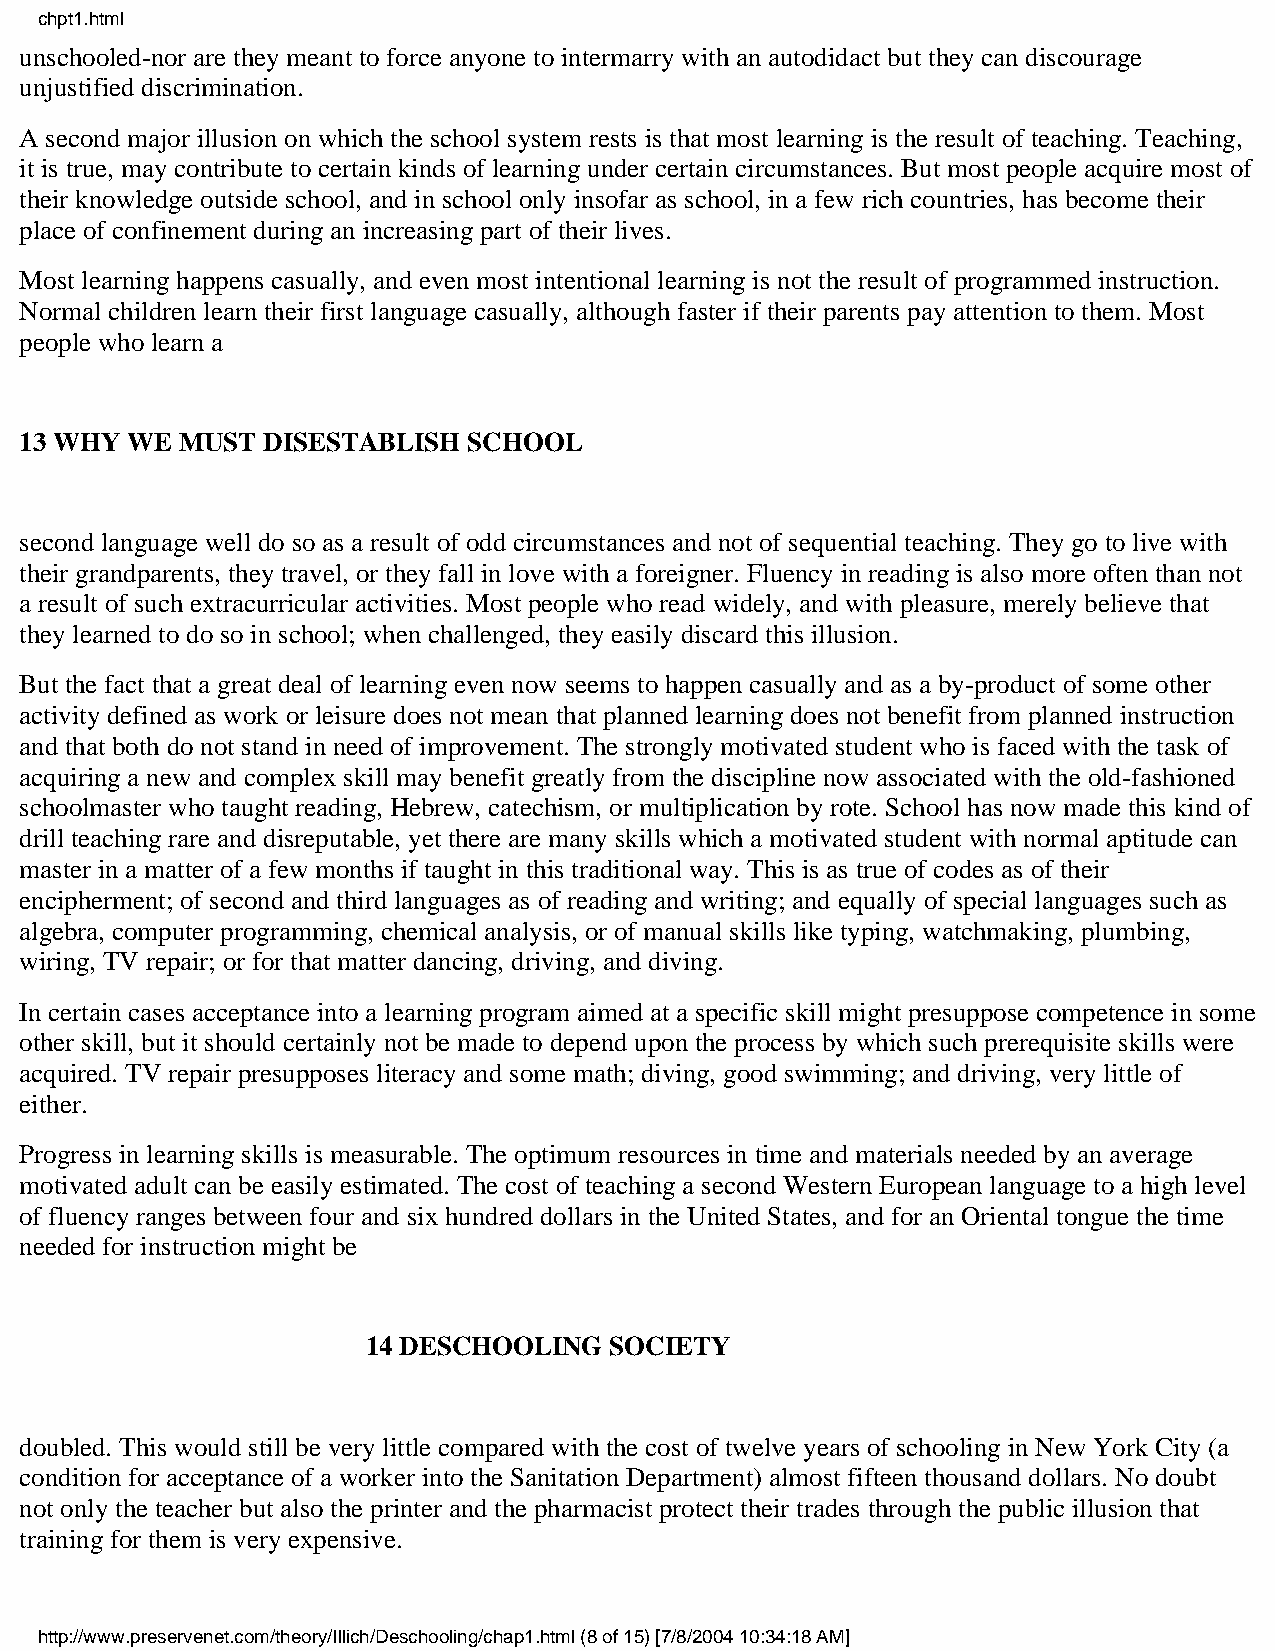
chpt1.html
 unschooled-nor are they meant to force anyone to intermarry with an autodidact but they can discourage
 unjustified discrimination.
 A second major illusion on which the school system rests is that most learning is the result of teaching. Teaching,
 it is true, may contribute to certain kinds of learning under certain circumstances. But most people acquire most of
 their knowledge outside school, and in school only insofar as school, in a few rich countries, has become their
 place of confinement during an increasing part of their lives.
 Most learning happens casually, and even most intentional learning is not the result of programmed instruction.
 Normal children learn their first language casually, although faster if their parents pay attention to them. Most
 people who learn a
 13 WHY WE  MUST DISESTABLISH  SCHOOL
 second language well do so as a result of odd circumstances and not of sequential teaching. They go to live with
 their grandparents, they travel, or they fall in love with a foreigner. Fluency in reading is also more often than not
 a result of such extracurricular activities. Most people who read widely, and with pleasure, merely believe that
 they learned to do so in school; when challenged, they easily discard this illusion.
 But the fact that a great deal of learning even now seems to happen casually and as a by-product of some other
 activity defined as work or leisure does not mean that planned learning does not benefit from planned instruction
 and that both do not stand in need of improvement. The strongly motivated student who is faced with the task of
 acquiring a new and complex skill may benefit greatly from the discipline now associated with the old-fashioned
 schoolmaster who taught reading, Hebrew, catechism, or multiplication by rote. School has now made this kind of
 drill teaching rare and disreputable, yet there are many skills which a motivated student with normal aptitude can
 master in a matter of a few months if taught in this traditional way. This is as true of codes as of their
 encipherment; of second and third languages as of reading and writing; and equally of special languages such as
 algebra, computer programming, chemical analysis, or of manual skills like typing, watchmaking, plumbing,
 wiring, TV repair; or for that matter dancing, driving, and diving.
 In certain cases acceptance into a learning program aimed at a specific skill might presuppose competence in some
 other skill, but it should certainly not be made to depend upon the process by which such prerequisite skills were
 acquired. TV repair presupposes literacy and some math; diving, good swimming; and driving, very little of
 either.
 Progress in learning skills is measurable. The optimum resources in time and materials needed by an average
 motivated adult can be easily estimated. The cost of teaching a second Western European language to a high level
 of fluency ranges between four and six hundred dollars in the United States, and for an Oriental tongue the time
 needed for instruction might be
 14 DESCHOOLING  SOCIETY
 doubled. This would still be very little compared with the cost of twelve years of schooling in New York City (a
 condition for acceptance of a worker into the Sanitation Department) almost fifteen thousand dollars. No doubt
 not only the teacher but also the printer and the pharmacist protect their trades through the public illusion that
 training for them is very expensive.
 http://www.preservenet.com/theory/Illich/Deschooling/chap1.html (8 of 15) [7/8/2004 10:34:18 AM]